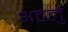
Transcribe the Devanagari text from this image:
अटलु